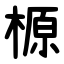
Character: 榞